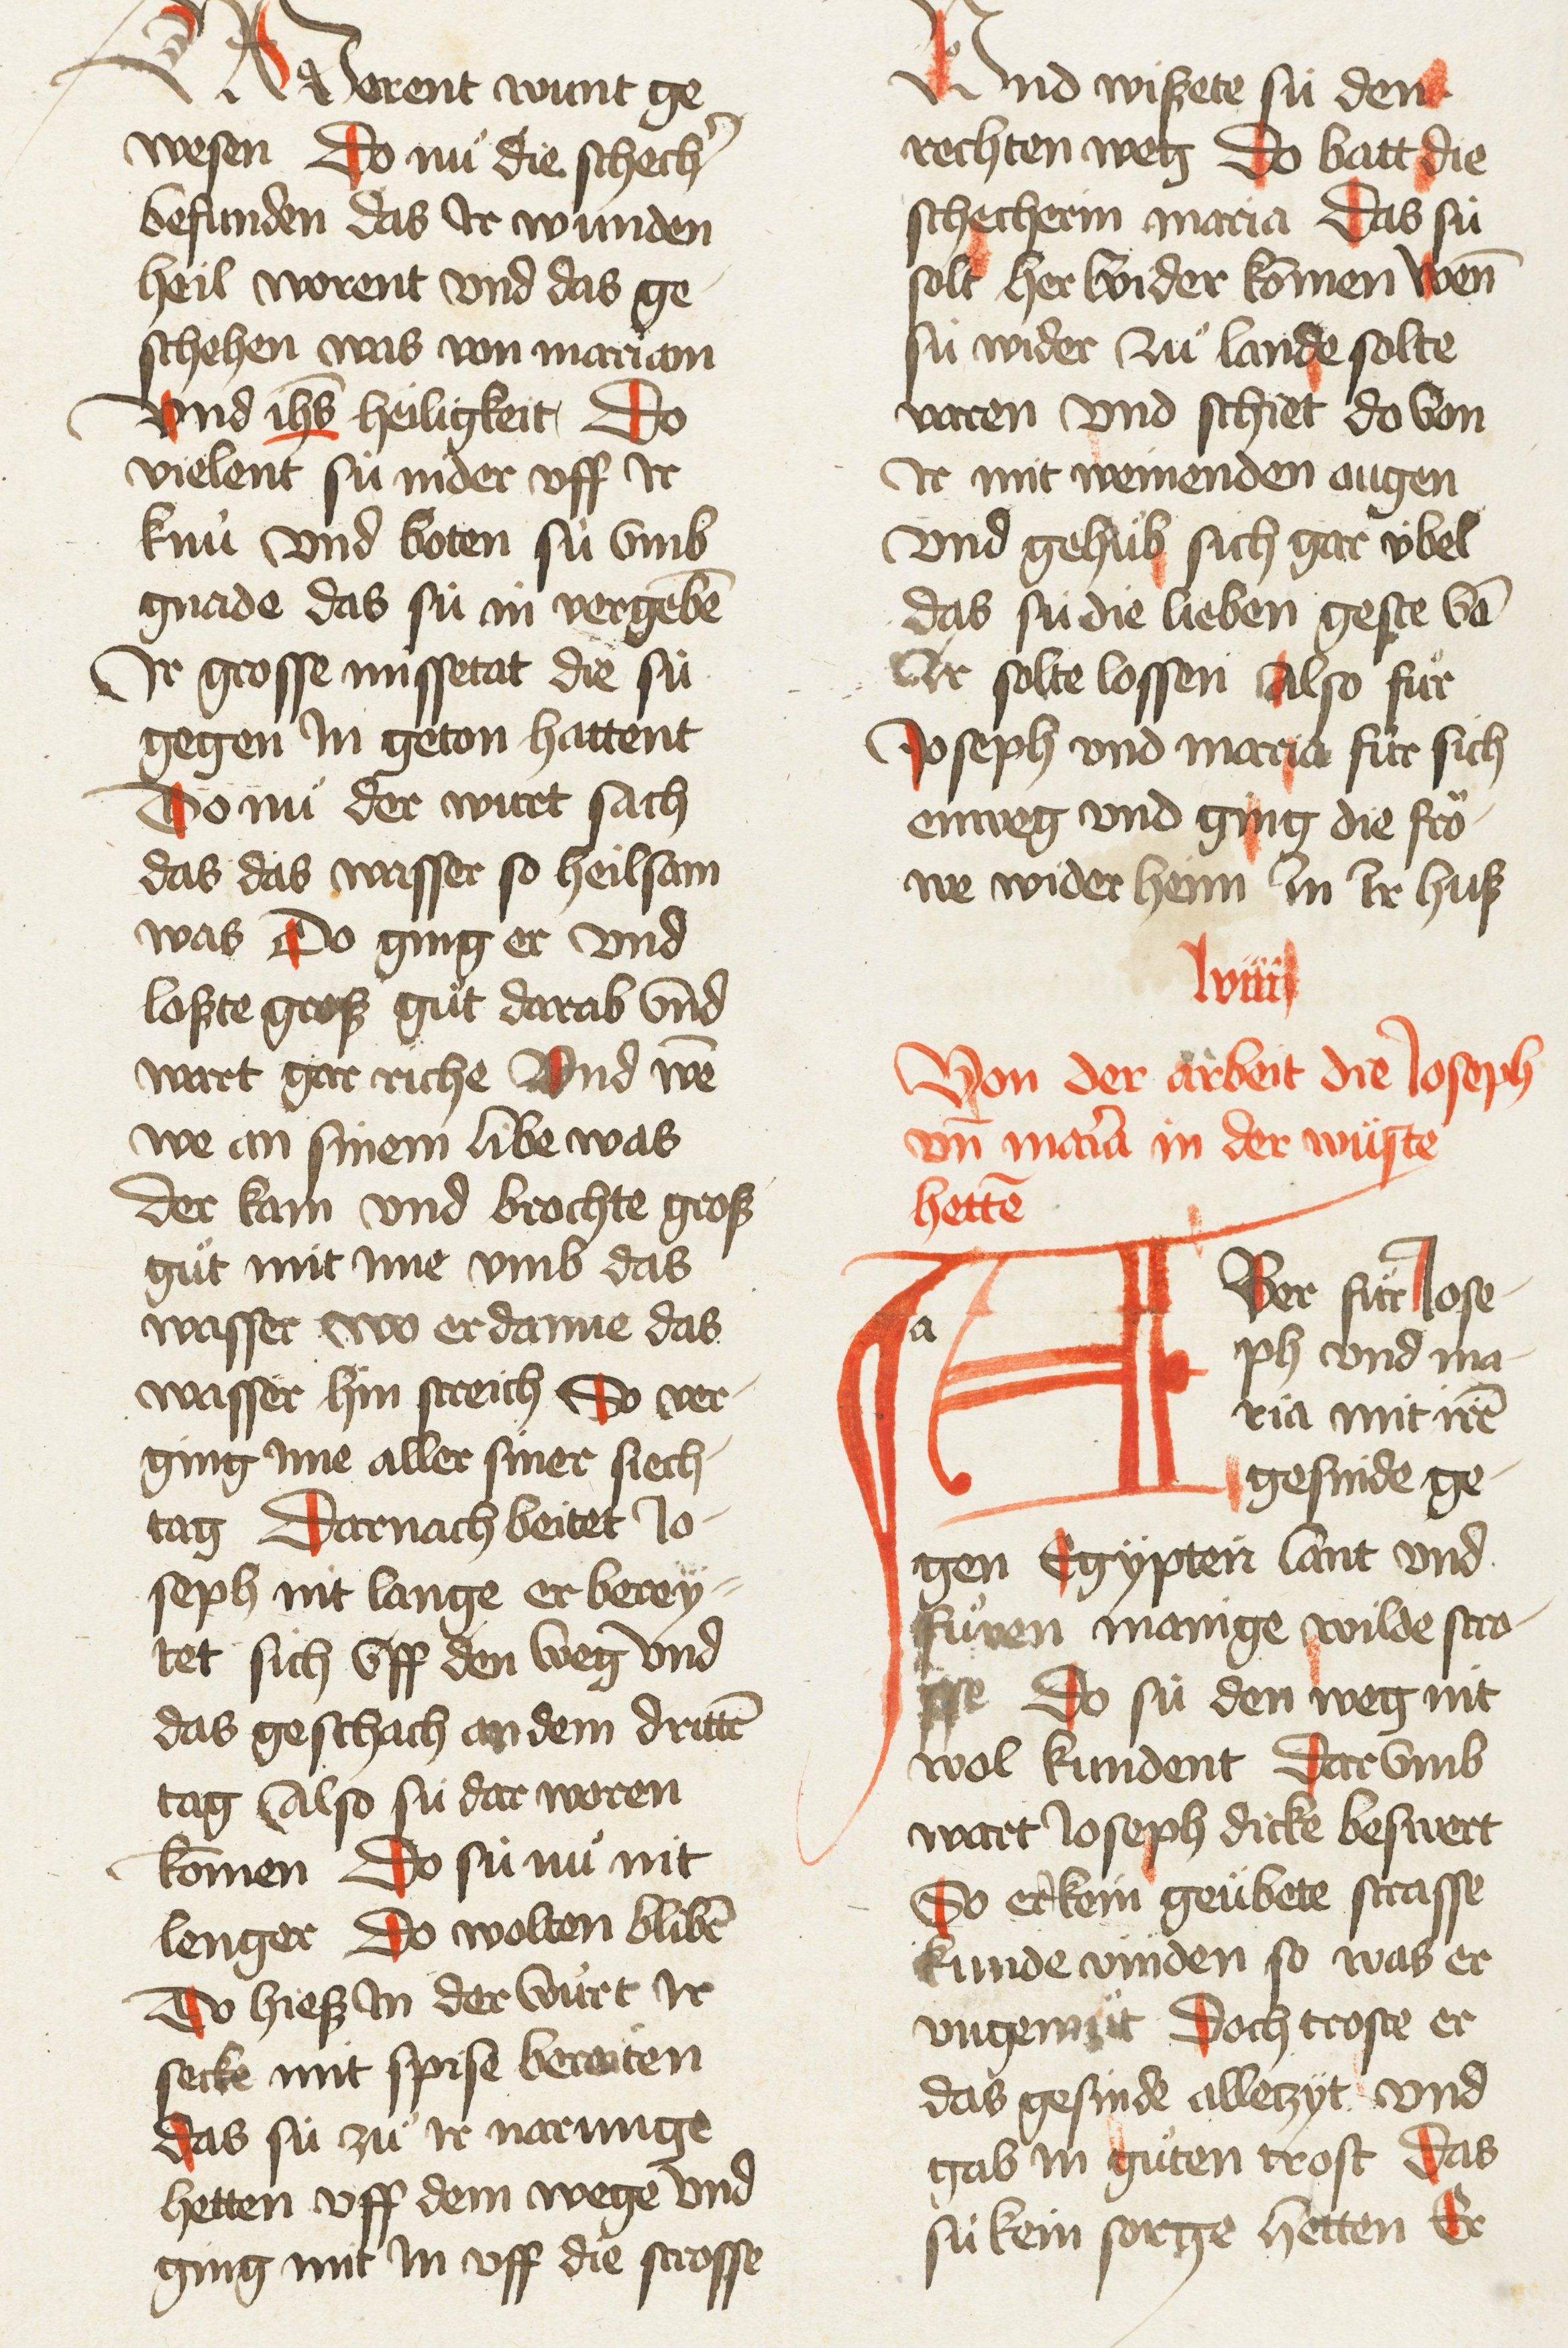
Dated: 1435–1465